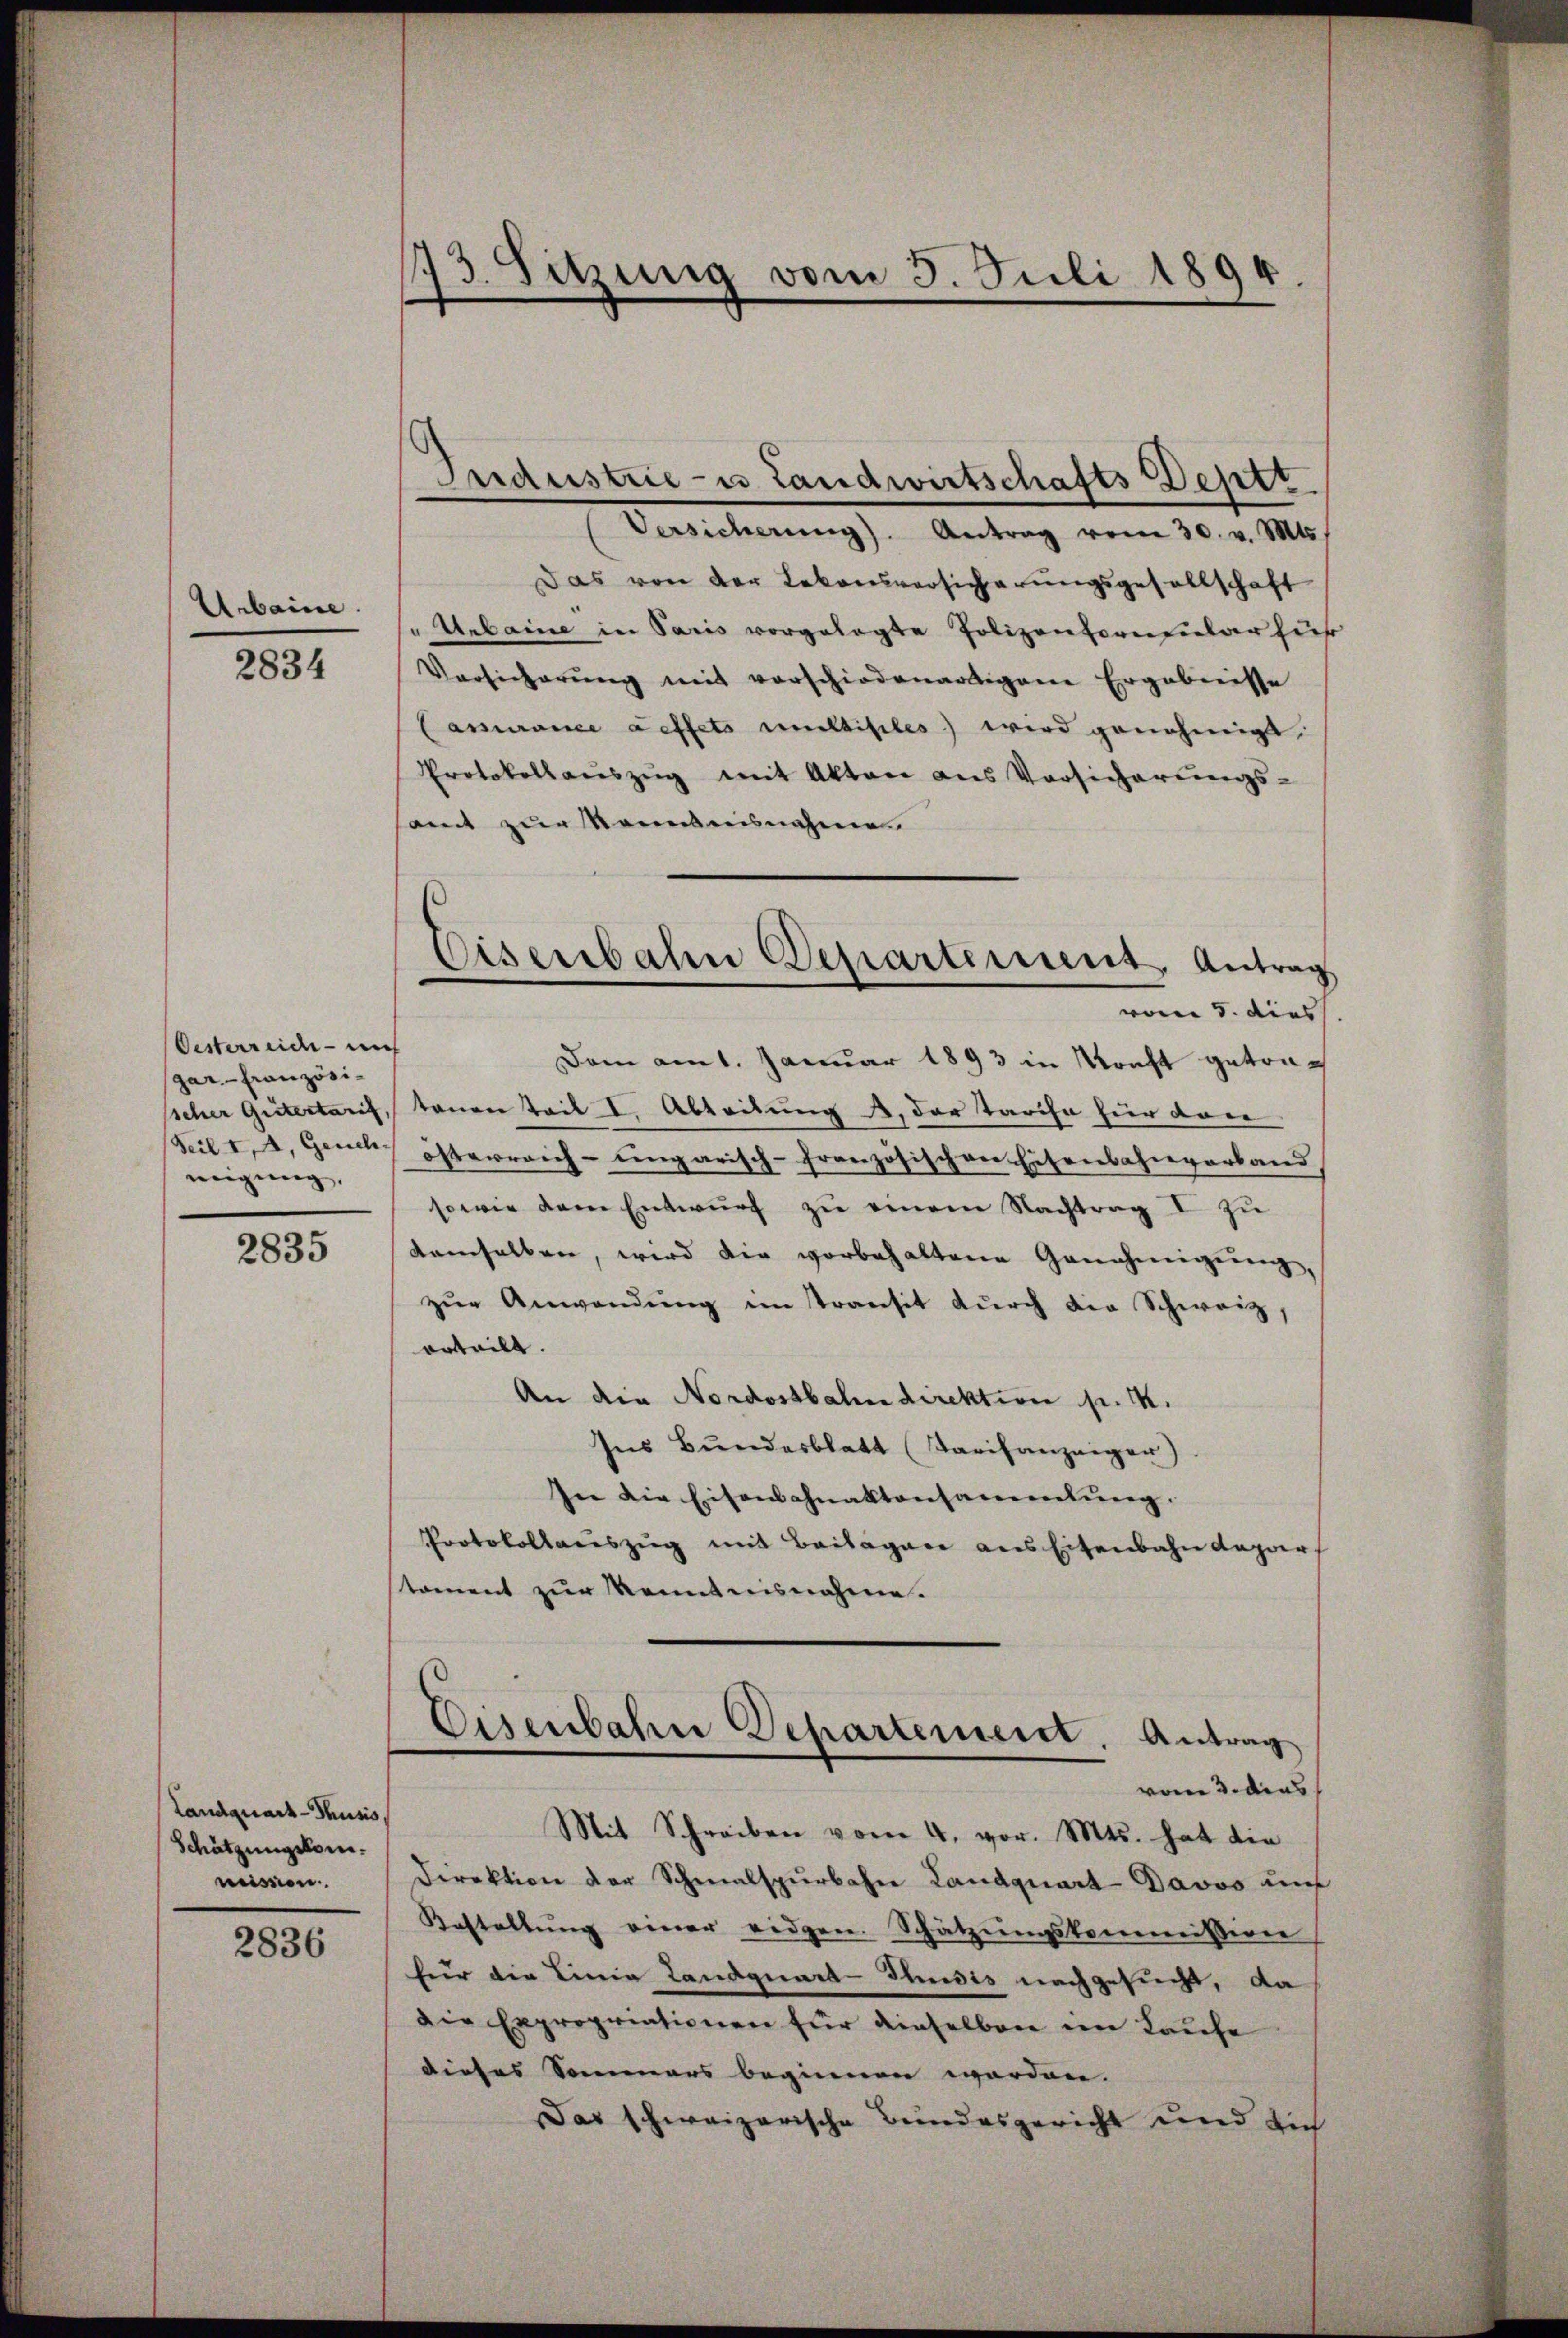
Urbaine.

2834

Oesterreich - nich
(gar. - Französineigung,

2835

Landquart - Thusis
Schätzungskomweissen.

2836

73. Sitzung vom 5. Juli 1894

Industrie- u Landwirtschafts Deptt
Versicherung). Antrag vom 30. v. Mts.
Das von der Lekonsversicherungsgesellschaft
"Unbaine in Paris vorgelegte Polizenkornfular zur
Versicherŭng mit vorschiedenartigen Ergebnisse
Cassurance auffets ultisiles wird genehmigt.
Protokollauszug mit Akten aus Vorsicherungs-
amt zur Sonntesnahme
Dam am 1. Januar 1893 in Kricht getrasscher Geitertaris, tanen tail I, Abteilung u. der Tarife hier von
Seil I, 1, Gauch österreich-ungarisch-französischen Eisenbahnverband
sowie dem Entwurf zu einem Nachtrag I zu
demselben, wird die vorbehaltene Genehmigung,
zŭr Anwendŭng im transit dŭrch die Schweiz,
orteilt.
An die Nordostbahn direktion pr. 1.
Ins Bundesblatt (Tarifanzeiger)
In die Eisenbahnaktensammlung.
Protokollsauszug mit Beilagen aus Eisenbahndepar
toment zur Kenntnisnahme.
Eisenbahn Departement. Antrag
vom 3. dies
Mit Schreiben vom 4. vor. Mts. hat die
Direktion der Schmalspurbahn Landquart-Davos und
Kastellŭng einer eidgen. Schätzungskommissiver
für die Linia Landquart-Thudis nachgesucht, da
Die Expropriationen für dieselben im Laufe
dieses Sommers beginnen werden. |
Das schweizerische Bundesgericht und sich

Ciserbahn Departement, Antrag
vom 5. dies